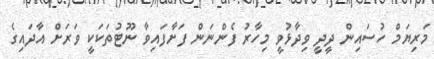
މަރިޔަމް ހުސައިން ދީދީ ވިދާޅުވީ މިހާރު ފެންނަން ފަށާފައިވާ ނޫޓުތަކަކީ ވަރަށް އާދައިގެ